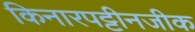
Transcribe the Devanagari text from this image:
किनारपट्टीनजीक